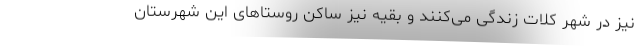
نیز در شهر کلات زندگی می‌کنند و بقیه نیز ساکن روستاهای این شهرستان